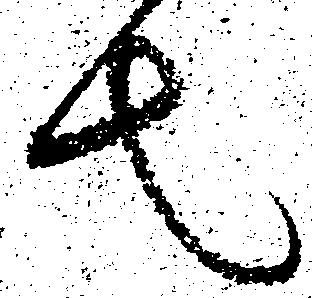
去